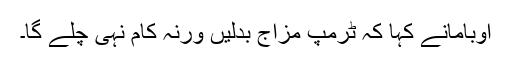
اوبامانے کہا کہ ٹرمپ مزاج بدلیں ورنہ کام نہی چلے گا۔